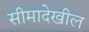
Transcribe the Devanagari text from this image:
सीमादेखील